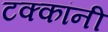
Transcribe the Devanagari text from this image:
टक्कांनी